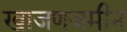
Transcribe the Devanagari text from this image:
खाजणजमीन